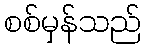
စစ်မှန်သည်